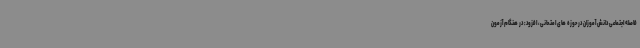
فاصله اجتماعی دانش آموزان در حوزه های امتحانی، افزود: در هنگام آزمون